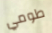
طومي